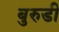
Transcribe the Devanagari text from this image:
बुरुडी